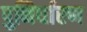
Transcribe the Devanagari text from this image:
पुनिर्धारण